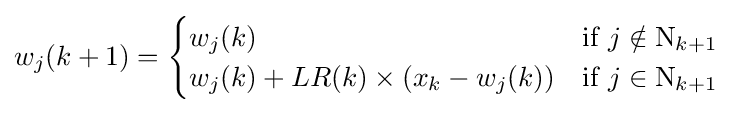
w_{j}(k+1)={\begin{cases}w_{j}(k)&{\text{if }}j\notin \mathrm {N} _{k+1}\\w_{j}(k)+LR(k)\times (x_{k}-w_{j}(k))&{\text{if }}j\in \mathrm {N} _{k+1}\end{cases}}